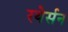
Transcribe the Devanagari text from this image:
रयेर्सन